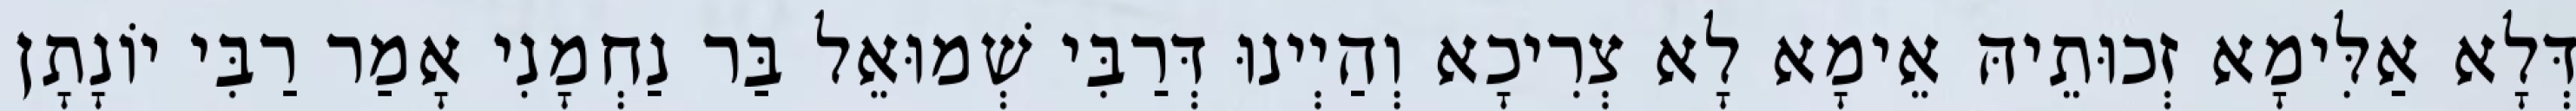
דְּלָא אַלִּימָא זְכוּתֵיהּ אֵימָא לָא צְרִיכָא וְהַיְינוּ דְּרַבִּי שְׁמוּאֵל בַּר נַחְמָנִי אָמַר רַבִּי יוֹנָתָן